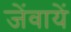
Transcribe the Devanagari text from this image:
जेंवायें